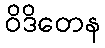
ဝိဒိတေန